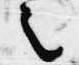
之